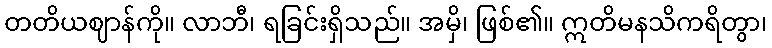
တတိယဈာန်ကို။ လာဘီ၊ ရခြင်းရှိသည်။ အမှိ၊ ဖြစ်၏။ ဣတိမနသိကရိတွာ၊